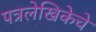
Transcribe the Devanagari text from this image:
पत्रलेखिकेचे